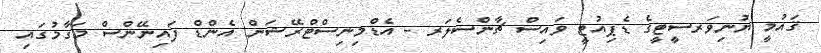
ޤައުމީ ޔުނިވަރސީޓީގެ ޑެޕިއުޓީ ވައިސް ޗާންސެލަރ - އެޑްމިނިސްޓްރޭޝަން އެންޑް ފައިނޭންސް މަގާމުގައި